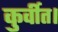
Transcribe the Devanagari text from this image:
कुर्वीत।